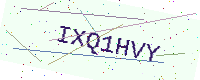
Text: IXQ1HVY